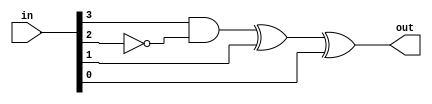
// SPDX-License-Identifier: MIT
// SPDX-FileCopyrightText: 2022 Tamas Hubai

`default_nettype none

module u21 (
    input [3:0] in,
    output out
);

wire a, b, c, d;
assign {a, b, c, d} = in;

wire x = (a&~b)^c^d;

assign out = x;

endmodule